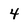
Character: 4